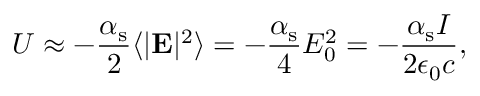
U \approx - \frac { \alpha _ { \mathrm { s } } } { 2 } \langle | \mathbf { E } | ^ { 2 } \rangle = - \frac { \alpha _ { \mathrm { s } } } { 4 } E _ { 0 } ^ { 2 } = - \frac { \alpha _ { \mathrm { s } } I } { 2 \epsilon _ { 0 } c } ,